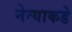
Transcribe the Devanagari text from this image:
नेत्याकडे